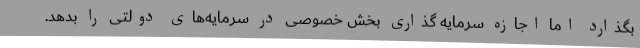
بگذارد اما اجازه سرمایه گذاری بخش خصوصی در سرمایه‌های دولتی را بدهد.